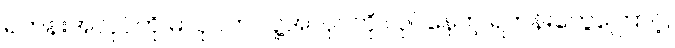
ရဟန်းအလုပ်ကို မလုပ်ဘဲ လူ့အလုပ်ကို လုပ်နေတဲ့ ရဟန်းတွေကြောင့်,